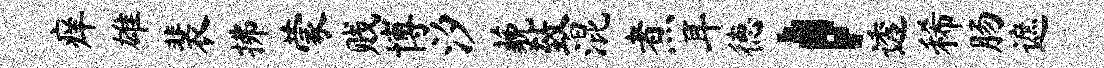
痒雄裴拂蒙贱博汐藐致混煮耳德，透稀肠遮